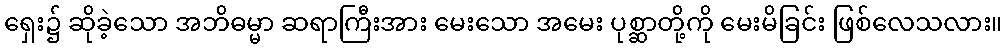
ရှေး၌ ဆိုခဲ့သော အဘိဓမ္မာ ဆရာကြီးအား မေးသော အမေး ပုစ္ဆာတို့ကို မေးမိခြင်း ဖြစ်လေသလား။